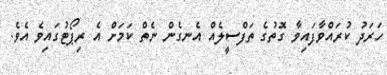
ހަރަދު ކުރައްވާފައިވާ ގޮތުގެ ތަފްސީލެއް އެނގެން ނެތް ކަމަށް އެ ރިޕޯޓުގައިވެ އެވެ.